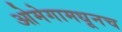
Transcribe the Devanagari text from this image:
ओमेगामधूनच